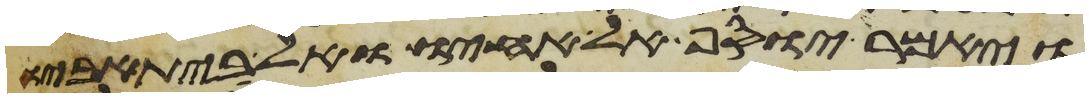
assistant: ויאמר יוסף אל אחיו ואל בית אביו